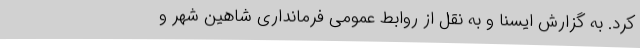
کرد. به گزارش ایسنا و به نقل از روابط عمومی فرمانداری شاهین شهر و